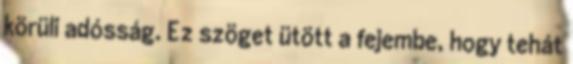
körüli adósság. Ez szöget ütött a fejembe, hogy tehát